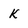
Character: k